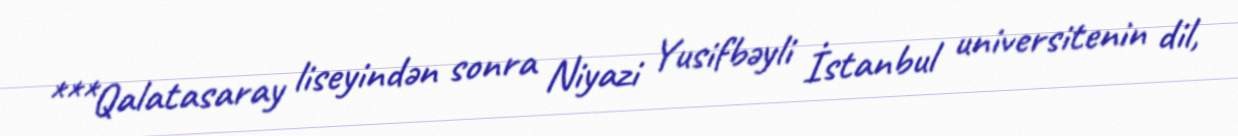
***Qalatasaray liseyindən sonra Niyazi Yusifbəyli İstanbul universitenin dil,